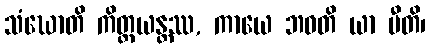
သံဃောတိ ကိတ္တယန္တဿ, ကာယေ ဘဝတိ ယာ ပီတိ၊